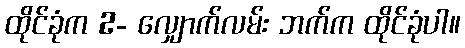
ထိုင်ခုံက 2- လျှောက်လမ်း ဘက်က ထိုင်ခုံပါ။